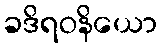
ခဒိရဝနိယော